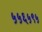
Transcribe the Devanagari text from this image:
५५६५९५